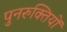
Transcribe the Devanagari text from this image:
पुनरुक्तियों